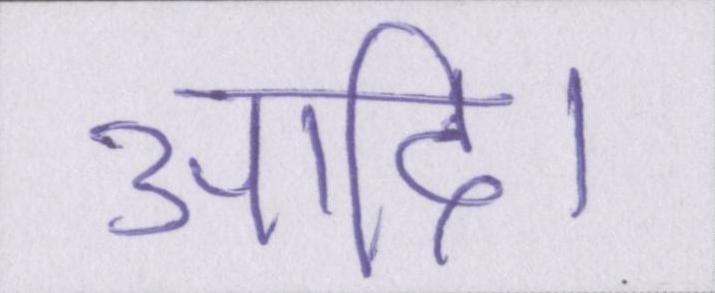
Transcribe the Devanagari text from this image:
आदि।